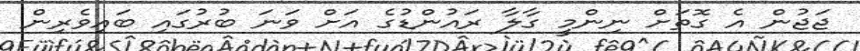
ޖަޖުން އެ ގޮތަށް ނިންމީ ގާލާ ރައުންޑުގެ އަށް ވަނަ ބުރުގައި ބައިވެރިން